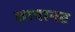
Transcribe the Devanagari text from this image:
छायानट